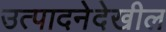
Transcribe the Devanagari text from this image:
उत्पादनेदेखील